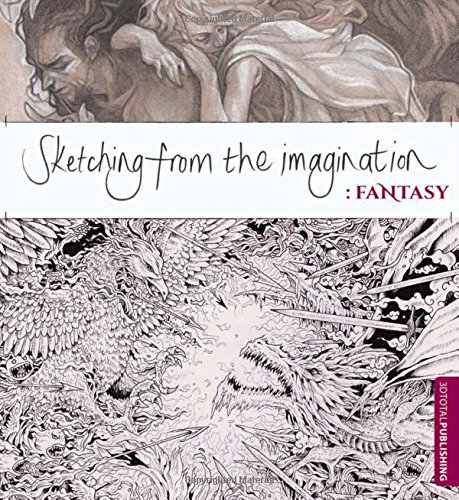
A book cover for Sketching from the Imagination: Fantasy; Arts & Photography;